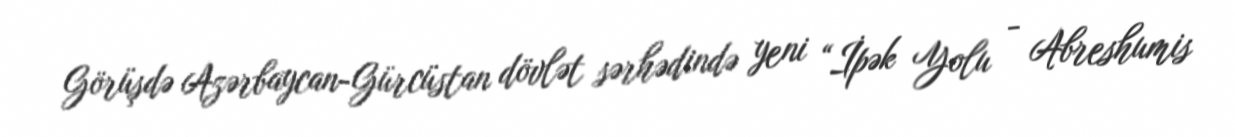
Görüşdə Azərbaycan-Gürcüstan dövlət sərhədində yeni “İpək Yolu - Abreshumis